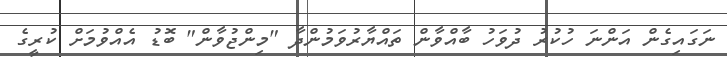
ނަގައިގެން އަންނަ ހުކުރު ދުވަހު ބާއްވާން ތައްޔާރުވަމުންދާ "މިންޖުވާން" ބޮޑު އެއްވުމަށް ކުރީގެ